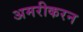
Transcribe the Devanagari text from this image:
अमरीकरन